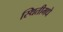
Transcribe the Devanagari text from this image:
स्थितीमधे